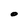
Character: O